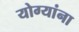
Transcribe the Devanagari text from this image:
योग्यांना